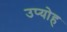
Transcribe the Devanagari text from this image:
उप्योह